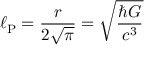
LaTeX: \ell _ { \mathrm { P } } = { \frac { r } { 2 { \sqrt { \pi } } } } = { \sqrt { \frac { \hbar G } { c ^ { 3 } } } }